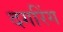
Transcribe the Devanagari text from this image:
दगरिंग